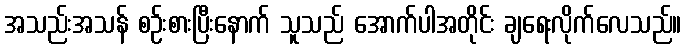
အသည်းအသန် စဉ်းစားပြီးနောက် သူသည် အောက်ပါအတိုင်း ချရေးလိုက်လေသည်။